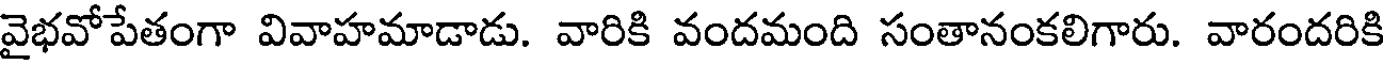
వైభవోపేతంగా వివాహమాడాడు. వారికి వందమంది సంతానంకలిగారు. వారందరికి